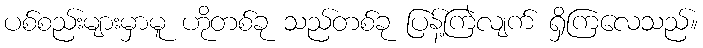
ပစ်စည်းများမှာမူ ဟိုတစ်ခု သည်တစ်ခု ပြန့်ကြဲလျက် ရှိကြလေသည်။